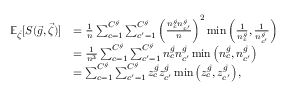
\begin{array} { r l } { { \mathbb E } _ { \vec { \zeta } } [ S ( \vec { g } , \vec { \zeta } ) ] } & { = \frac { 1 } { n } \sum _ { c = 1 } ^ { C ^ { \vec { g } } } \sum _ { c ^ { \prime } = 1 } ^ { C ^ { \vec { g } } } \left( \frac { n _ { c } ^ { \vec { g } } n _ { c ^ { \prime } } ^ { \vec { g } } } { n } \right) ^ { 2 } \operatorname* { m i n } \left( \frac { 1 } { n _ { c } ^ { \vec { g } } } , \frac { 1 } { n _ { c ^ { \prime } } ^ { \vec { g } } } \right) } \\ & { = \frac { 1 } { n ^ { 3 } } \sum _ { c = 1 } ^ { C ^ { \vec { g } } } \sum _ { c ^ { \prime } = 1 } ^ { C ^ { \vec { g } } } n _ { c } ^ { \vec { g } } n _ { c ^ { \prime } } ^ { \vec { g } } \operatorname* { m i n } \left( n _ { c } ^ { \vec { g } } , n _ { c ^ { \prime } } ^ { \vec { g } } \right) } \\ & { = \sum _ { c = 1 } ^ { C ^ { \vec { g } } } \sum _ { c ^ { \prime } = 1 } ^ { C ^ { \vec { g } } } z _ { c } ^ { \vec { g } } z _ { c ^ { \prime } } ^ { \vec { g } } \operatorname* { m i n } \left( z _ { c } ^ { \vec { g } } , z _ { c ^ { \prime } } ^ { \vec { g } } \right) , } \end{array}